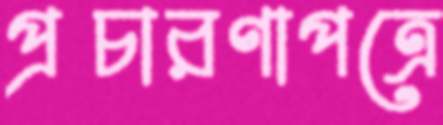
প্রচারণাপত্রে